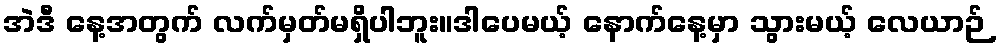
အဲဒီ နေ့အတွက် လက်မှတ်မရှိပါဘူး။ဒါပေမယ့် နောက်နေ့မှာ သွားမယ့် လေယာဉ်